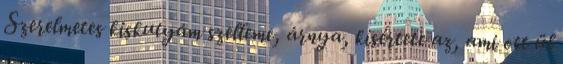
Szerelmetes kiskutyám szelleme, árnya, kísértete az, ami ott ül